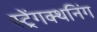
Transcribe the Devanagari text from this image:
स्ट्रेंगक्थनिंग